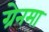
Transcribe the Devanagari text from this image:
ग्रेनमा